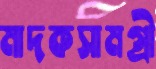
মাদকসামগ্রী